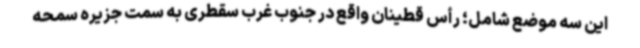
این سه موضع شامل؛ رأس قطینان واقع در جنوب غرب سقطری به سمت جزیره سمحه